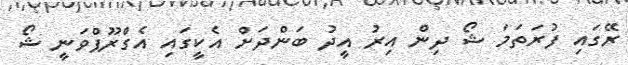
ރޭގައި ފުރަތަމަ ޝޯ ދިން އިރު އީދު ބަންދަށް އެކީގައި އެގްރޫޕްވަނީ ޝޯ